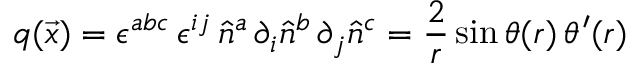
q ( \vec { x } ) = \epsilon ^ { a b c } \, \epsilon ^ { i j } \, \hat { n } ^ { a } \, \partial _ { i } \hat { n } ^ { b } \, \partial _ { j } \hat { n } ^ { c } = \frac { 2 } { r } \sin \theta ( r ) \, \theta ^ { \prime } ( r )